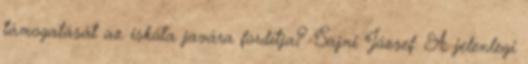
támogatását az iskola javára fordítja? Sajni József: A jelenlegi